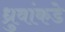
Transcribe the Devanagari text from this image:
ध्रुवांकडे